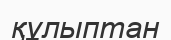
құлыптан